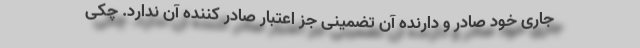
جاری خود صادر و دارنده آن تضمینی جز اعتبار صادر کننده آن ندارد. چکی